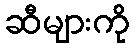
ဆီများကို